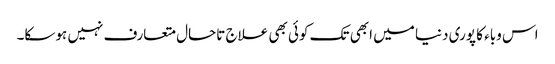
اس وباء کا پوری دنیا میں ابھی تک کوئی بھی علاج تاحال متعارف نہیں ہوسکا۔